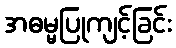
အဓမ္မပြုကျင့်ခြင်း